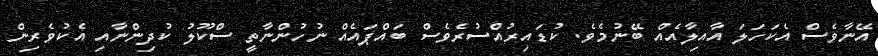
އޭނާވެސް އެކަހަލަ އާއިލާއެއް ބޭނުމެވެ. ކުޑައިރުއްސުރެވެސް ބައްޕައެއް ނުހުންނާތީ ސްކޫލު ކުދިންނާއި އެކުވެރިން